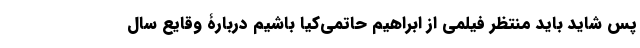
پس شاید باید منتظر فیلمی از ابراهیم حاتمی‌کیا باشیم دربارۀ وقایع سال